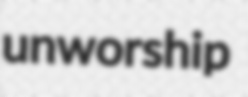
unworship